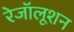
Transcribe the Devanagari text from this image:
रेजॉलूशन